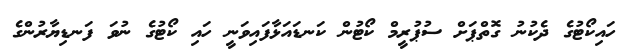
ހައިކޯޓުގެ ދެކުނު ގޮތްޕަށް ސުޕުރީމް ކޯޓުން ކަނޑައަޅާފައިވަނީ ހައި ކޯޓުގެ ނުވަ ފަނޑިޔާރުންގެ